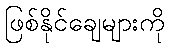
ဖြစ်နိုင်ချေများကို